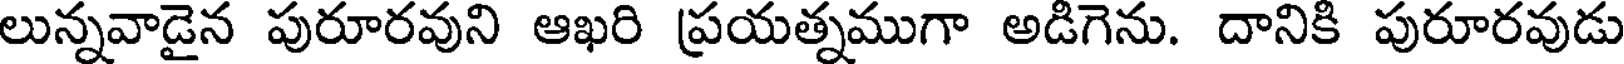
లున్నవాడైన పురూరవుని ఆఖరి ప్రయత్నముగా అడిగెను. దానికి పురూరవుడు